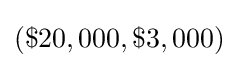
(\$20,000,\$3,000)